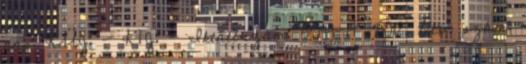
nap: KÜJ: - KTJ: - Iktatószám: 5099-14 2012. Hiv. szám: